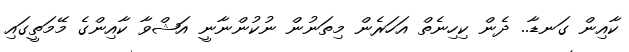
ކާއިން ގަނޑާ.. ދެން ކިހިނެތް އަހަރެން މިތަނުން ނުކުންނާނީ އަޝްވާ ކާއިންގެ މޭމަތީގައި